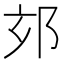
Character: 𨚃